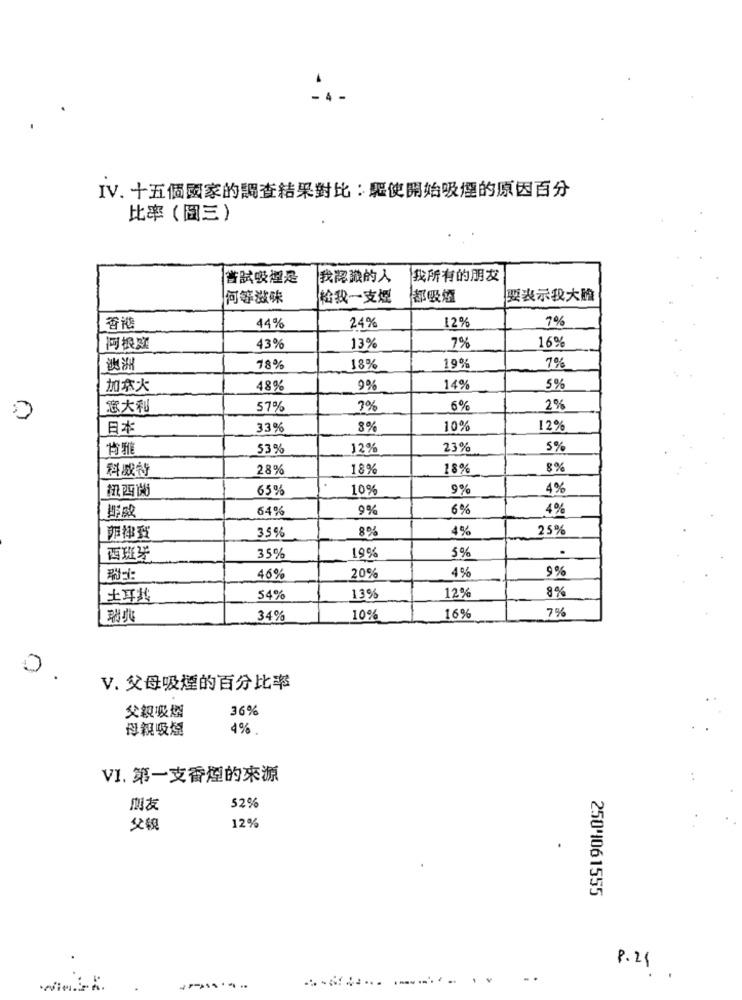
IV. 十五個國家的調查結果對比:驅使開始吸煙的原因百分
比率(圖三)
嘗試吸煙是
我認識的人
我所有的朋友
何等滋味
松我一支点
都吸煙
要表示我大膽
7%
香港
44%
24%
12%
7%
16%
阿根实
43%
13%
7%
澳洲
78%
18%
19%
加拿大
48%
9%
14%
5%
意大利
57%
3%
6%
2%
0
日本
33%
8%
10%
12%
背雅
53%
12%
23%
5%
科威特
28%
18%
18%
8%
紐西蘭
65%
10%
9%
4%
64%
9%
6%
4%
35%
8%
4%
25%
5%
西班牙
35%
19%
4%
9 %
瑞士:
46%
20%
12%
8%
土耳其
54%
13%
7 %
瑞典
34%
10%
16%
0
V. 父母吸煙的百分比率
36%
父親吸煙
母親吸煙
4%
V1. 第一支香煙的來源
52%
朋友
12%
父親
25044061555
8.21
.
wim.PA.